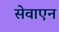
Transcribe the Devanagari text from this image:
सेवाएन